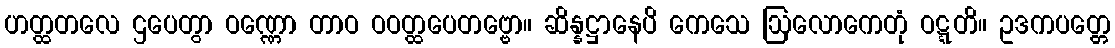
ဟတ္ထတလေ ဌပေတွာ ဝဏ္ဏော တာဝ ဝဝတ္ထပေတဗ္ဗော။ ဆိန္နဋ္ဌာနေပိ ကေသေ ဩလောကေတုံ ဝဋ္ဋတိ။ ဥဒကပတ္တေ